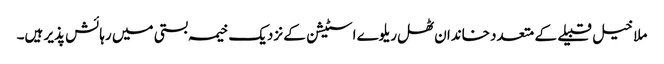
ملا خیل قبیلے کے متعدد خاندان ٹھل ریلوے اسٹیشن کے نزدیک خیمہ بستی میں رہائش پذیر ہیں۔